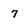
Character: 7